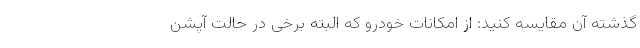
گذشته آن مقایسه کنید: از امکانات خودرو که البته برخی در حالت آپشن